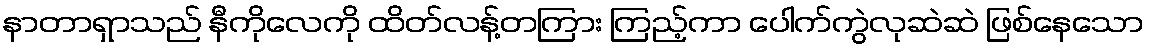
နာတာရှာသည် နီကိုလေကို ထိတ်လန့်တကြား ကြည့်ကာ ပေါက်ကွဲလုဆဲဆဲ ဖြစ်နေသော